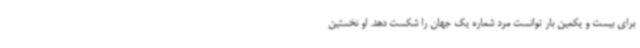
برای بیست و یکمین بار توانست مرد شماره یک جهان را شکست دهد. او نخستین